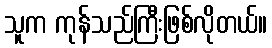
သူက ကုန်သည်ကြီးဖြစ်လိုတယ်။